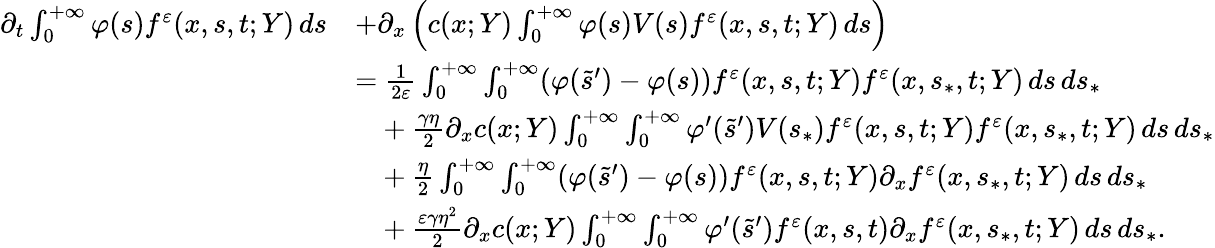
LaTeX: \begin{array}{rl}{\partial_{t}\int_{0}^{+\infty}\varphi(s)f^{\varepsilon}(x,s,t;Y)\, ds}&{+\partial_{x}\left(c(x;Y)\int_{0}^{+\infty}\varphi(s)V(s)f^{\varepsilon}(x,s,t;Y)\, ds\right)}\\ &{=\frac{1}{2\varepsilon}\int_{0}^{+\infty}\int_{0}^{+\infty}(\varphi(\tilde{s}^{\prime})-\varphi(s))f^{\varepsilon}(x,s,t;Y)f^{\varepsilon}(x,s_{\ast},t;Y)\, ds\, ds_{\ast}}\\ &{\phantom{=}+\frac{\gamma\eta}{2}\partial_{x}c(x;Y)\int_{0}^{+\infty}\int_{0}^{+\infty}\varphi^{\prime}(\tilde{s}^{\prime})V(s_{\ast})f^{\varepsilon}(x,s,t;Y)f^{\varepsilon}(x,s_{\ast},t;Y)\, ds\, ds_{\ast}}\\ &{\phantom{=}+\frac{\eta}{2}\int_{0}^{+\infty}\int_{0}^{+\infty}(\varphi(\tilde{s}^{\prime})-\varphi(s))f^{\varepsilon}(x,s,t;Y)\partial_{x}f^{\varepsilon}(x,s_{\ast},t;Y)\, ds\, ds_{\ast}}\\ &{\phantom{=}+\frac{\varepsilon\gamma\eta^{2}}{2}\partial_{x}c(x;Y)\int_{0}^{+\infty}\int_{0}^{+\infty}\varphi^{\prime}(\tilde{s}^{\prime})f^{\varepsilon}(x,s,t)\partial_{x}f^{\varepsilon}(x,s_{\ast},t;Y)\, ds\, ds_{\ast}.}\end{array}